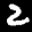
Label: 2